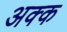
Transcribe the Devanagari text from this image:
अक्क